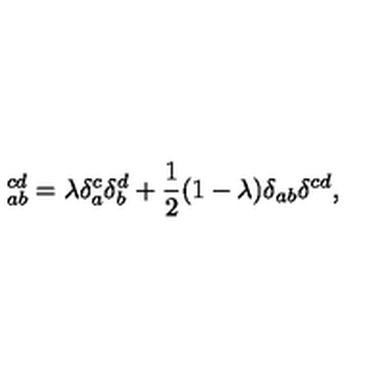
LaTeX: \ _ { a b } ^ { c d } = \lambda \delta _ { a } ^ { c } \delta _ { b } ^ { d } + \frac { 1 } { 2 } ( 1 - \lambda ) \delta _ { a b } \delta ^ { c d } ,